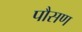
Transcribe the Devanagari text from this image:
पौसण